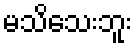
မသိသေးဘူး